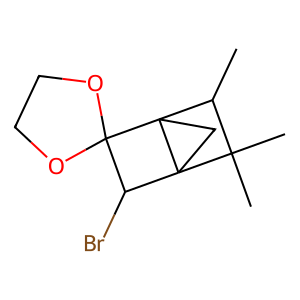
SMILES: CC1C(C)(C)C23CC12C1(OCCO1)C3Br
Inhibits HIV replication: No